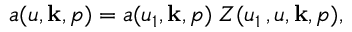
a ( u , { \bf k } , p ) = a ( u _ { 1 } , { \bf k } , p ) \; Z ( u _ { 1 } \, , u , { \bf k } , p ) ,